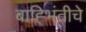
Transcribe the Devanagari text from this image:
बाह्भिंतीचे